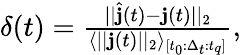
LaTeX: \begin{array}{r}{\delta(t)=\frac{||\hat{\mathbf{j}}(t)-\mathbf{j}(t)||_{2}}{\langle||\mathbf{j}(t)||_{2}\rangle_{[t_{0}:\Delta_{t}:t_{q}]}},}\end{array}